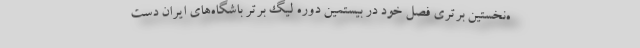
ه‌نخستین برتری فصل خود در بیستمین دوره لیگ برتر باشگاه‌های ایران دست